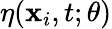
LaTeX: \eta(\mathbf{x}_{i},t;\theta)